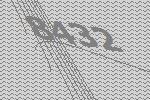
8432